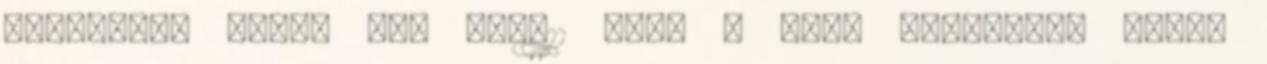
Sziasztok indul egy FIFA11 LIGA a liga hamarosan indul